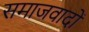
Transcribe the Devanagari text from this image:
समाजवादों